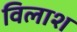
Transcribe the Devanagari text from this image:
विलाश